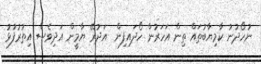
ނުހޯދުނު ކާމިޔާބުތައް ތިން އަހަރުން ހޯދައިފިން  އަދުރޭ ޔާމީން އަދިވެސް އިތުރުފުޅު